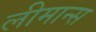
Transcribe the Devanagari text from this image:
लीमान्स